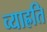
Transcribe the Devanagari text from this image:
व्याह्रति